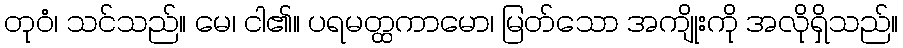
တုဝံ၊ သင်သည်။ မေ၊ ငါ၏။ ပရမတ္ထကာမော၊ မြတ်သော အကျိုးကို အလိုရှိသည်။